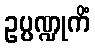
ဥပ္ပဏ္ဍုကိံ